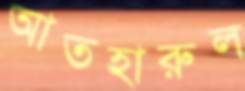
আতহারুল